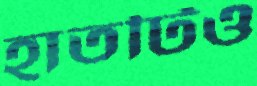
হাতটিও